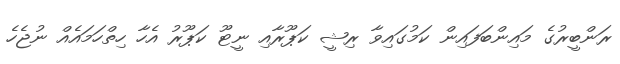
ރަންބީރުގެ މައިންބަފައިން ކަމުގައިވާ ރިޝީ ކަޕޫރާއި ނީޓޫ ކަޕޫރު އެހާ ހިތްހަމައެއް ނުޖެހެ